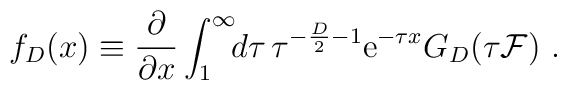
f_{D}(x)\equiv{\partial\over\partial x}\int_{1}^{\infty}\!\!d\tau\,\tau^{-{D\over2}-1}{\mathrm e}^{-\tau x}G_{D}(\tau{\cal F})\ .